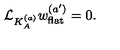
{ \cal L } _ { K _ { A } ^ { ( a ) } } w _ { \mathrm { f l a t } } ^ { ( a ^ { \prime } ) } = 0 .